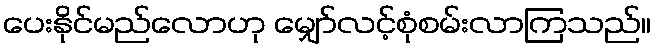
ပေးနိုင်မည်လောဟု မျှော်လင့်စုံစမ်းလာကြသည်။